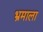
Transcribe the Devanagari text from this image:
भ्रमाला